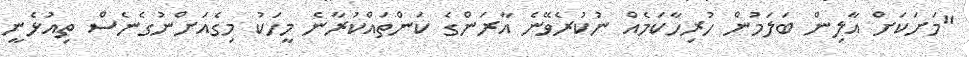
"މަށަކަށް އާލިން ބަލަމުން ހުރިހާކަމެއް ނުކުރެވޭނެ އާރަންގެ ކަންތައްކުރާނެ މީހަކު މިގެއަށްނުގެނެސް ތިއުޅެނީ